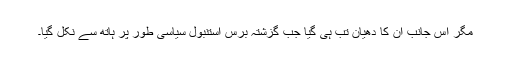
مگر اس جانب ان کا دھیان تب ہی گیا جب گزشتہ برس استنبول سیاسی طور پر ہاتھ سے نکل گیا۔